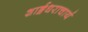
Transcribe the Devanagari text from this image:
शार्ङ्गधराचार्य